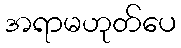
အရာမဟုတ်ပေ